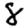
Digit: 8